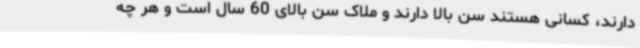
دارند، کسانی هستند سن بالا دارند و ملاک سن بالای 60 سال است و هر چه